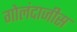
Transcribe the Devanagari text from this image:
गोलंदाजीस